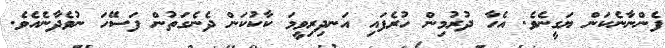
ފެންނާނެކަން ޔަގީނެވެ. އެހާ ދުރުމިން ހުރެފައި އަނދިރިވީމަ ކާކުކަން ދެނެގަތުން ފަސޭހަ ނުވެދާނެއެވެ.